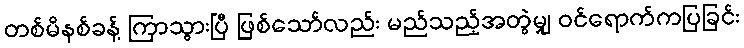
တစ်မိနစ်ခန့် ကြာသွားပြီ ဖြစ်သော်လည်း မည်သည့်အတွဲမျှ ဝင်ရောက်ကပြခြင်း